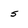
Character: 5